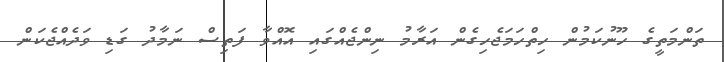
ތަންމަތީގެ ހޫނުކަމުން ހިތްހަމަޖެހިގެން އަރާމު ނިންޖެއްގައި އޮއްވާ ފަތިސް ނަމާދު ގަޑި ވަދެއްޖެކަން